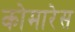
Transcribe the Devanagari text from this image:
कोमारेस